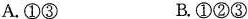
A.①③ B.①②③